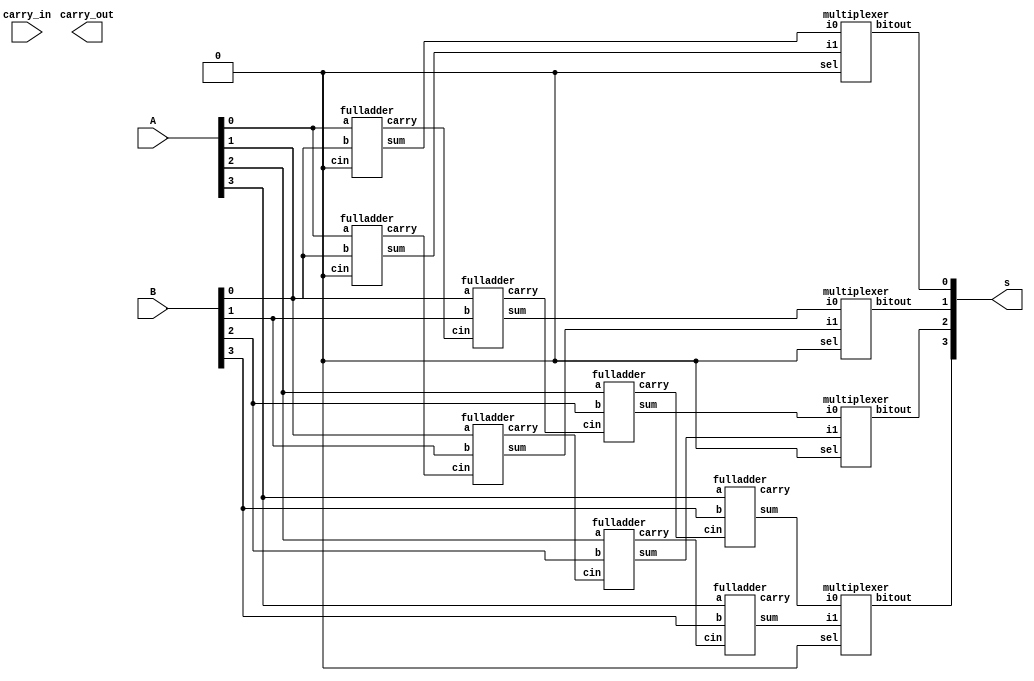
module CarrySelectAdder (
  input [3:0] A,
  input [3:0] B,
  input carry_in,
  output carry_out,
  output [3:0]s);
  wire [3:0] temp0, temp1;
  wire [3:0]carry0, carry1;
    fulladder fa00(A[0],B[0],1'b0,temp0[0],carry0[0]);
    fulladder fa01(A[1],B[1],carry0[0],temp0[1],carry0[1]);
    fulladder fa02(A[2],B[2],carry0[1],temp0[2],carry0[2]);
    fulladder fa03(A[3],B[3],carry0[2],temp0[3],carry0[3]);
    
    fulladder fa10(A[0],B[0],1'b0,temp1[0],carry1[0]);
    fulladder fa11(A[1],B[1],carry1[0],temp1[1],carry1[1]);
    fulladder fa12(A[2],B[2],carry1[1],temp1[2],carry1[2]);
    fulladder fa13(A[3],B[3],carry1[2],temp1[3],carry1[3]);
    
    multiplexer mux_carry (carry0[3],carry1[3],cin,cout);
    multiplexer mux_sum0(temp0[0],temp1[0],cin,s[0]);
    multiplexer mux_sum1(temp0[1],temp1[1],cin,s[1]);
    multiplexer mux_sum2(temp0[2],temp1[2],cin,s[2]);
    multiplexer mux_sum3(temp0[3],temp1[3],cin,s[3]);
endmodule
module fulladder(
    input a,b,cin,
    output sum,carry);
    assign sum=a^b^cin;
    assign carry=(a&b)|(cin&a)|(b&cin); 
endmodule
module multiplexer(
    input i0,i1,sel,
    output reg bitout);
    always@(i0,i1,sel)
    begin
    if(sel==0)
        bitout=i0;
    else
        bitout=i1;
    end
endmodule